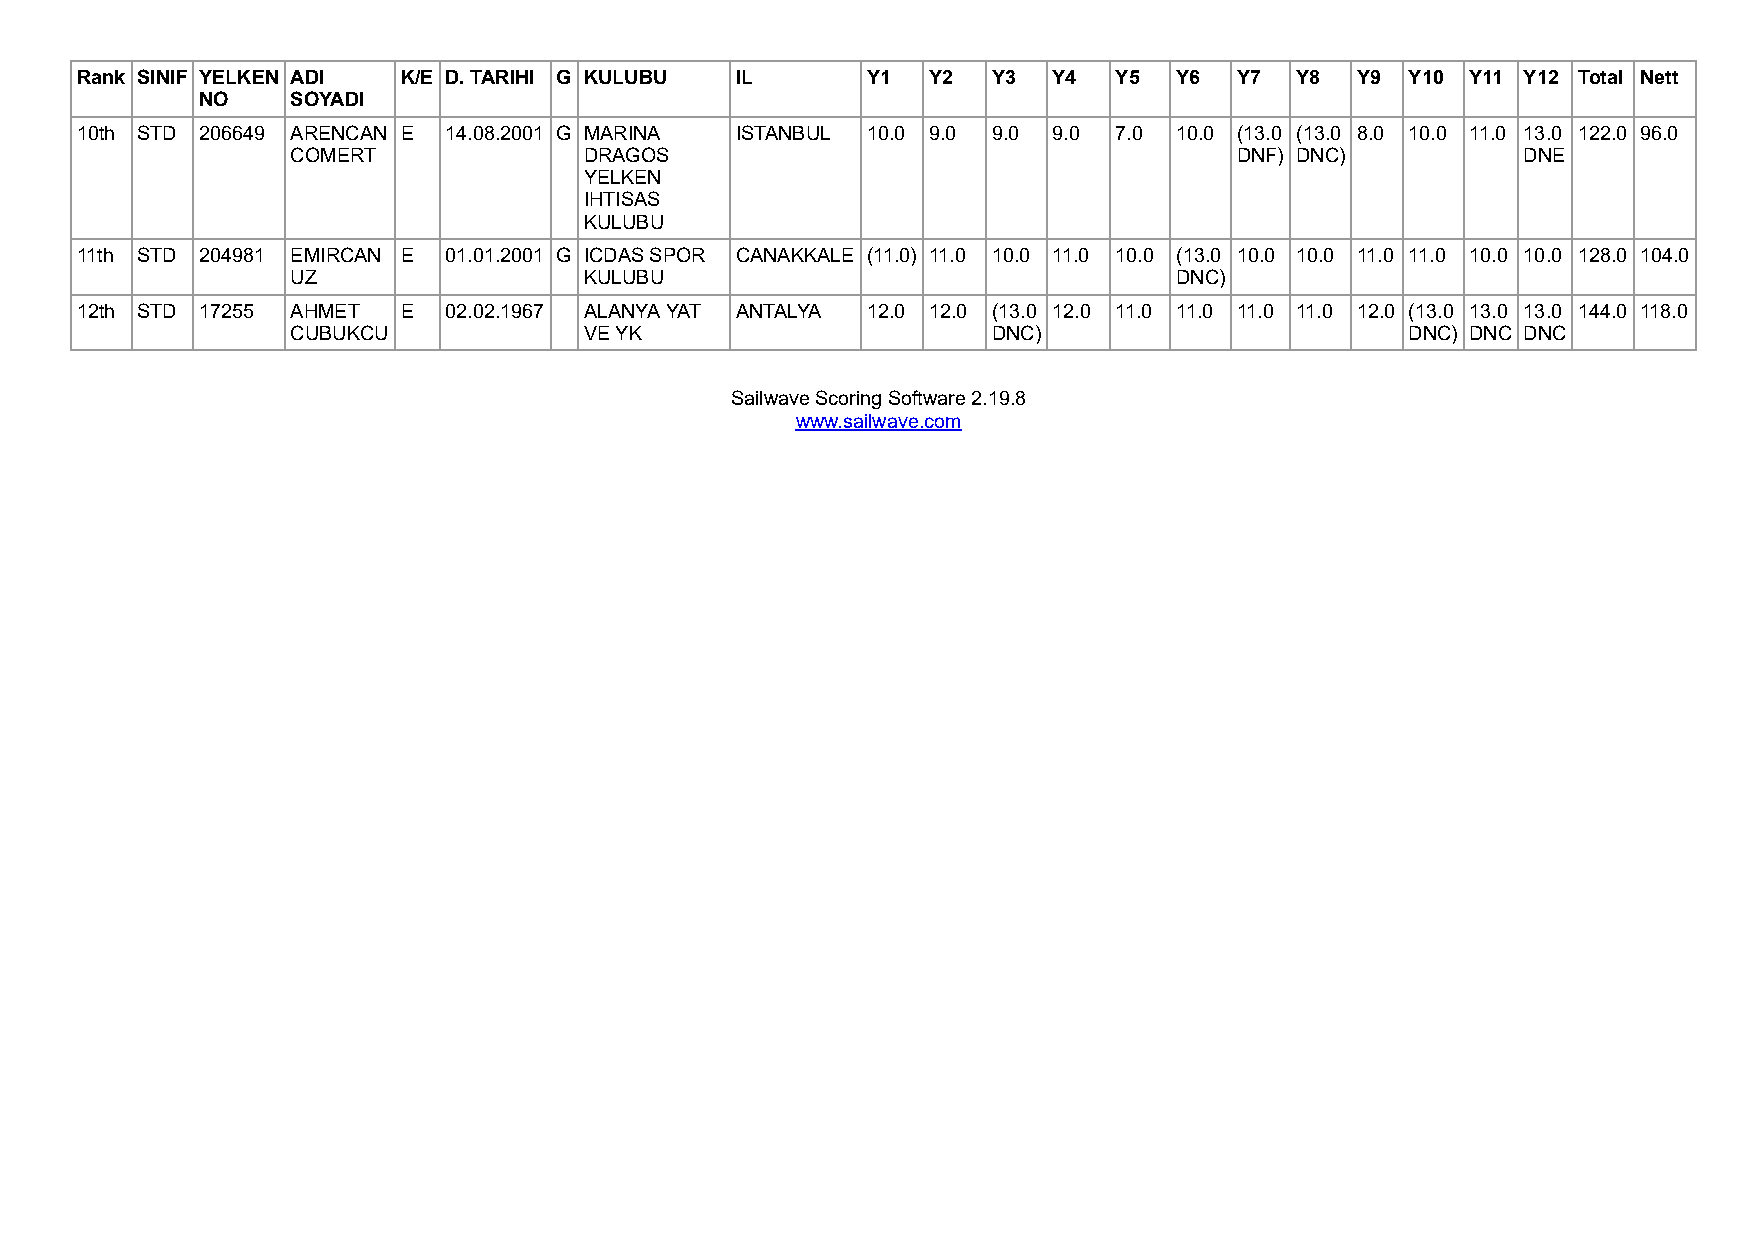
Rank SINIF YELKEN ADI K/E D. TARIHI G KULUBU IL     Y1  Y2   Y3  Y4  Y5  Y6  Y7  Y8  Y9 Y10 Y11 Y12 Total Nett
 NO    SOYADI
 10th STD 206649 ARENCAN E 14.08.2001 G MARINA ISTANBUL 10.0 9.0 9.0 9.0 7.0 10.0 (13.0 (13.0 8.0 10.0 11.0 13.0 122.0 96.0
 COMERT              DRAGOS                                     DNF) DNC)          DNE
 YELKEN
 IHTISAS
 KULUBU
 11th STD 204981 EMIRCAN E 01.01.2001 G ICDAS SPOR CANAKKALE (11.0) 11.0 10.0 11.0 10.0 (13.0 10.0 10.0 11.0 11.0 10.0 10.0 128.0 104.0
 UZ                  KULUBU                                 DNC)
 12th STD 17255 AHMET  E 02.02.1967 ALANYA YAT ANTALYA 12.0 12.0 (13.0 12.0 11.0 11.0 11.0 11.0 12.0 (13.0 13.0 13.0 144.0 118.0
 CUBUKCU             VE YK                      DNC)                       DNC) DNC DNC
 Salwave Scorng Software 2.19.8
 www.salwave.com